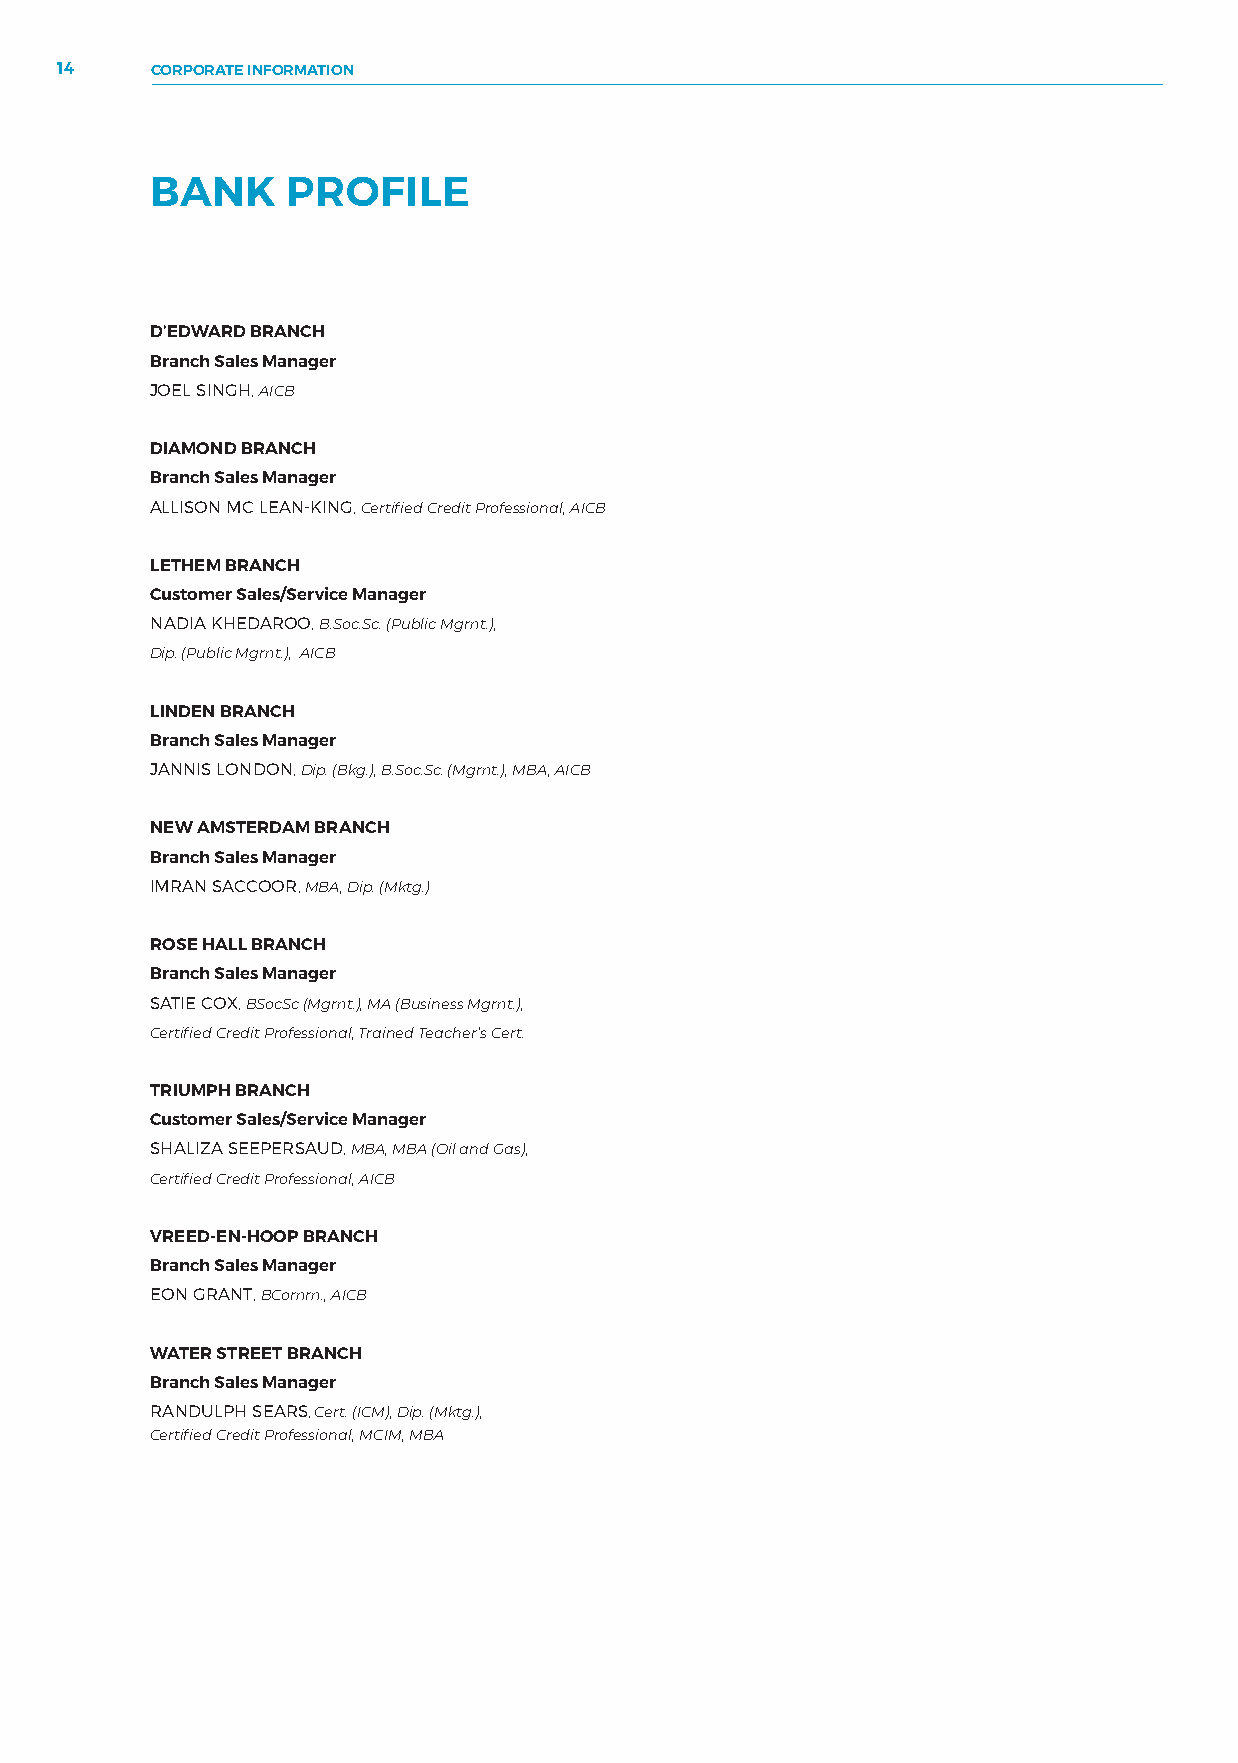
14    CORPORATE INFORMATION
 BANK     PROFILE
 D’EDWARD BRANCH
 Branch Sales Manager
 JOEL SINGH, AICB
 DIAMOND BRANCH
 Branch Sales Manager
 ALLISON MC LEAN-KING, Certified Credit Professional, AICB
 LETHEM BRANCH
 Customer Sales/Service Manager
 NADIA KHEDAROO, B.Soc.Sc. (Public Mgmt.),
 Dip. (Public Mgmt.), AICB
 LINDEN BRANCH
 Branch Sales Manager
 JANNIS LONDON, Dip. (Bkg.), B.Soc.Sc. (Mgmt.), MBA, AICB
 NEW AMSTERDAM BRANCH
 Branch Sales Manager
 IMRAN SACCOOR, MBA, Dip. (Mktg.)
 ROSE HALL BRANCH
 Branch Sales Manager
 SATIE COX, BSocSc (Mgmt.), MA (Business Mgmt.),
 Certified Credit Professional, Trained Teacher’s Cert.
 TRIUMPH BRANCH
 Customer Sales/Service Manager
 SHALIZA SEEPERSAUD, MBA, MBA (Oil and Gas),
 Certified Credit Professional, AICB
 VREED-EN-HOOP BRANCH
 Branch Sales Manager
 EON GRANT, BComm., AICB
 WATER STREET BRANCH
 Branch Sales Manager
 RANDULPH SEARS, Cert. (ICM), Dip. (Mktg.),
 Certified Credit Professional, MCIM, MBA